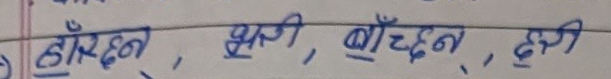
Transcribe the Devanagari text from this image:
हाँस्दैन, झुसी, बाँच्दैन, दुखी